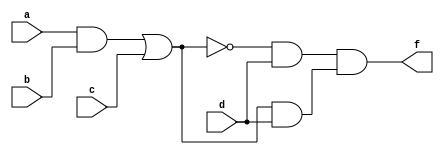
module example3(a,b,c,d,f);
input a,b,c,d;
output f;
wire g,h;
assign g=a&b;
assign h=g|c;
assign f=(~h&d)&(h&d);
endmodule